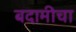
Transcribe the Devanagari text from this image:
बदामीचा